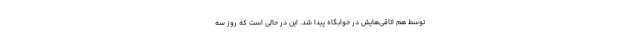
توسط هم اتاقی‌هایش در خوابگاه پیدا شد. این در حالی است که روز سه‌